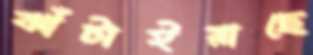
ঝাঁটাইয়াছে